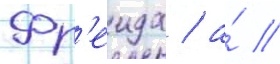
Фр'еида / а́ //